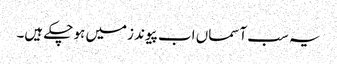
یہ سب آسماں اب پیوند زمیں ہو چکے ہیں۔